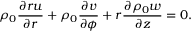
\rho _ { 0 } \frac { \partial r u } { \partial r } + \rho _ { 0 } \frac { \partial v } { \partial \phi } + r \frac { \partial \rho _ { 0 } w } { \partial z } = 0 .